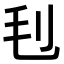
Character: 𣬟